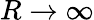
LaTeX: R\rightarrow\infty